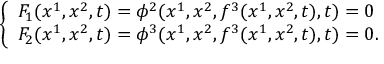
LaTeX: \left\{ \begin{array} { l } { { F _ { 1 } ( x ^ { 1 } , x ^ { 2 } , t ) = \phi ^ { 2 } ( x ^ { 1 } , x ^ { 2 } , f ^ { 3 } ( x ^ { 1 } , x ^ { 2 } , t ) , t ) = 0 } } \\ { { F _ { 2 } ( x ^ { 1 } , x ^ { 2 } , t ) = \phi ^ { 3 } ( x ^ { 1 } , x ^ { 2 } , f ^ { 3 } ( x ^ { 1 } , x ^ { 2 } , t ) , t ) = 0 . } } \end{array} \right.